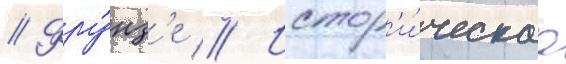
// Фру́нз'е // Истор'и́ческаа